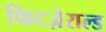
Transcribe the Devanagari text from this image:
फिटज़ेराल्ड